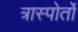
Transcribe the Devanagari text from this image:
त्रास्पोर्तो